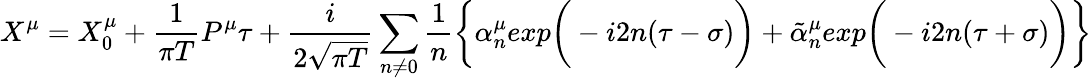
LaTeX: X^{\mu}=X_{0}^{\mu}+{\frac{1}{\pi T}}P^{\mu}\tau+{\frac{i}{2\sqrt{\pi T}}}\sum_{n\neq 0}{\frac{1}{n}}\bigg\{ \alpha_{n}^{\mu}exp\bigg(-i2n(\tau-\sigma)\bigg)+\tilde{\alpha}_{n}^{\mu}exp\bigg(-i2n(\tau+\sigma)\bigg)\bigg\}